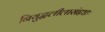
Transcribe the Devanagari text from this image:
नियुद्धलीलासंहृष्टः